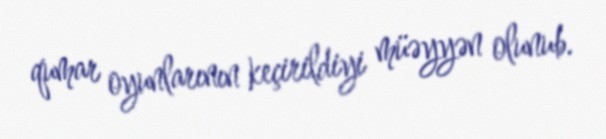
qumar oyunlarının keçirildiyi müəyyən olunub.